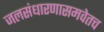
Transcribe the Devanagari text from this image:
जलसंधारणासमवेतच